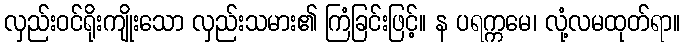
လှည်းဝင်ရိုးကျိုးသော လှည်းသမား၏ ကြံခြင်းဖြင့်။ န ပရက္ကမေ၊ လုံ့လမထုတ်ရာ။